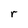
Character: r